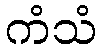
ကံသံ